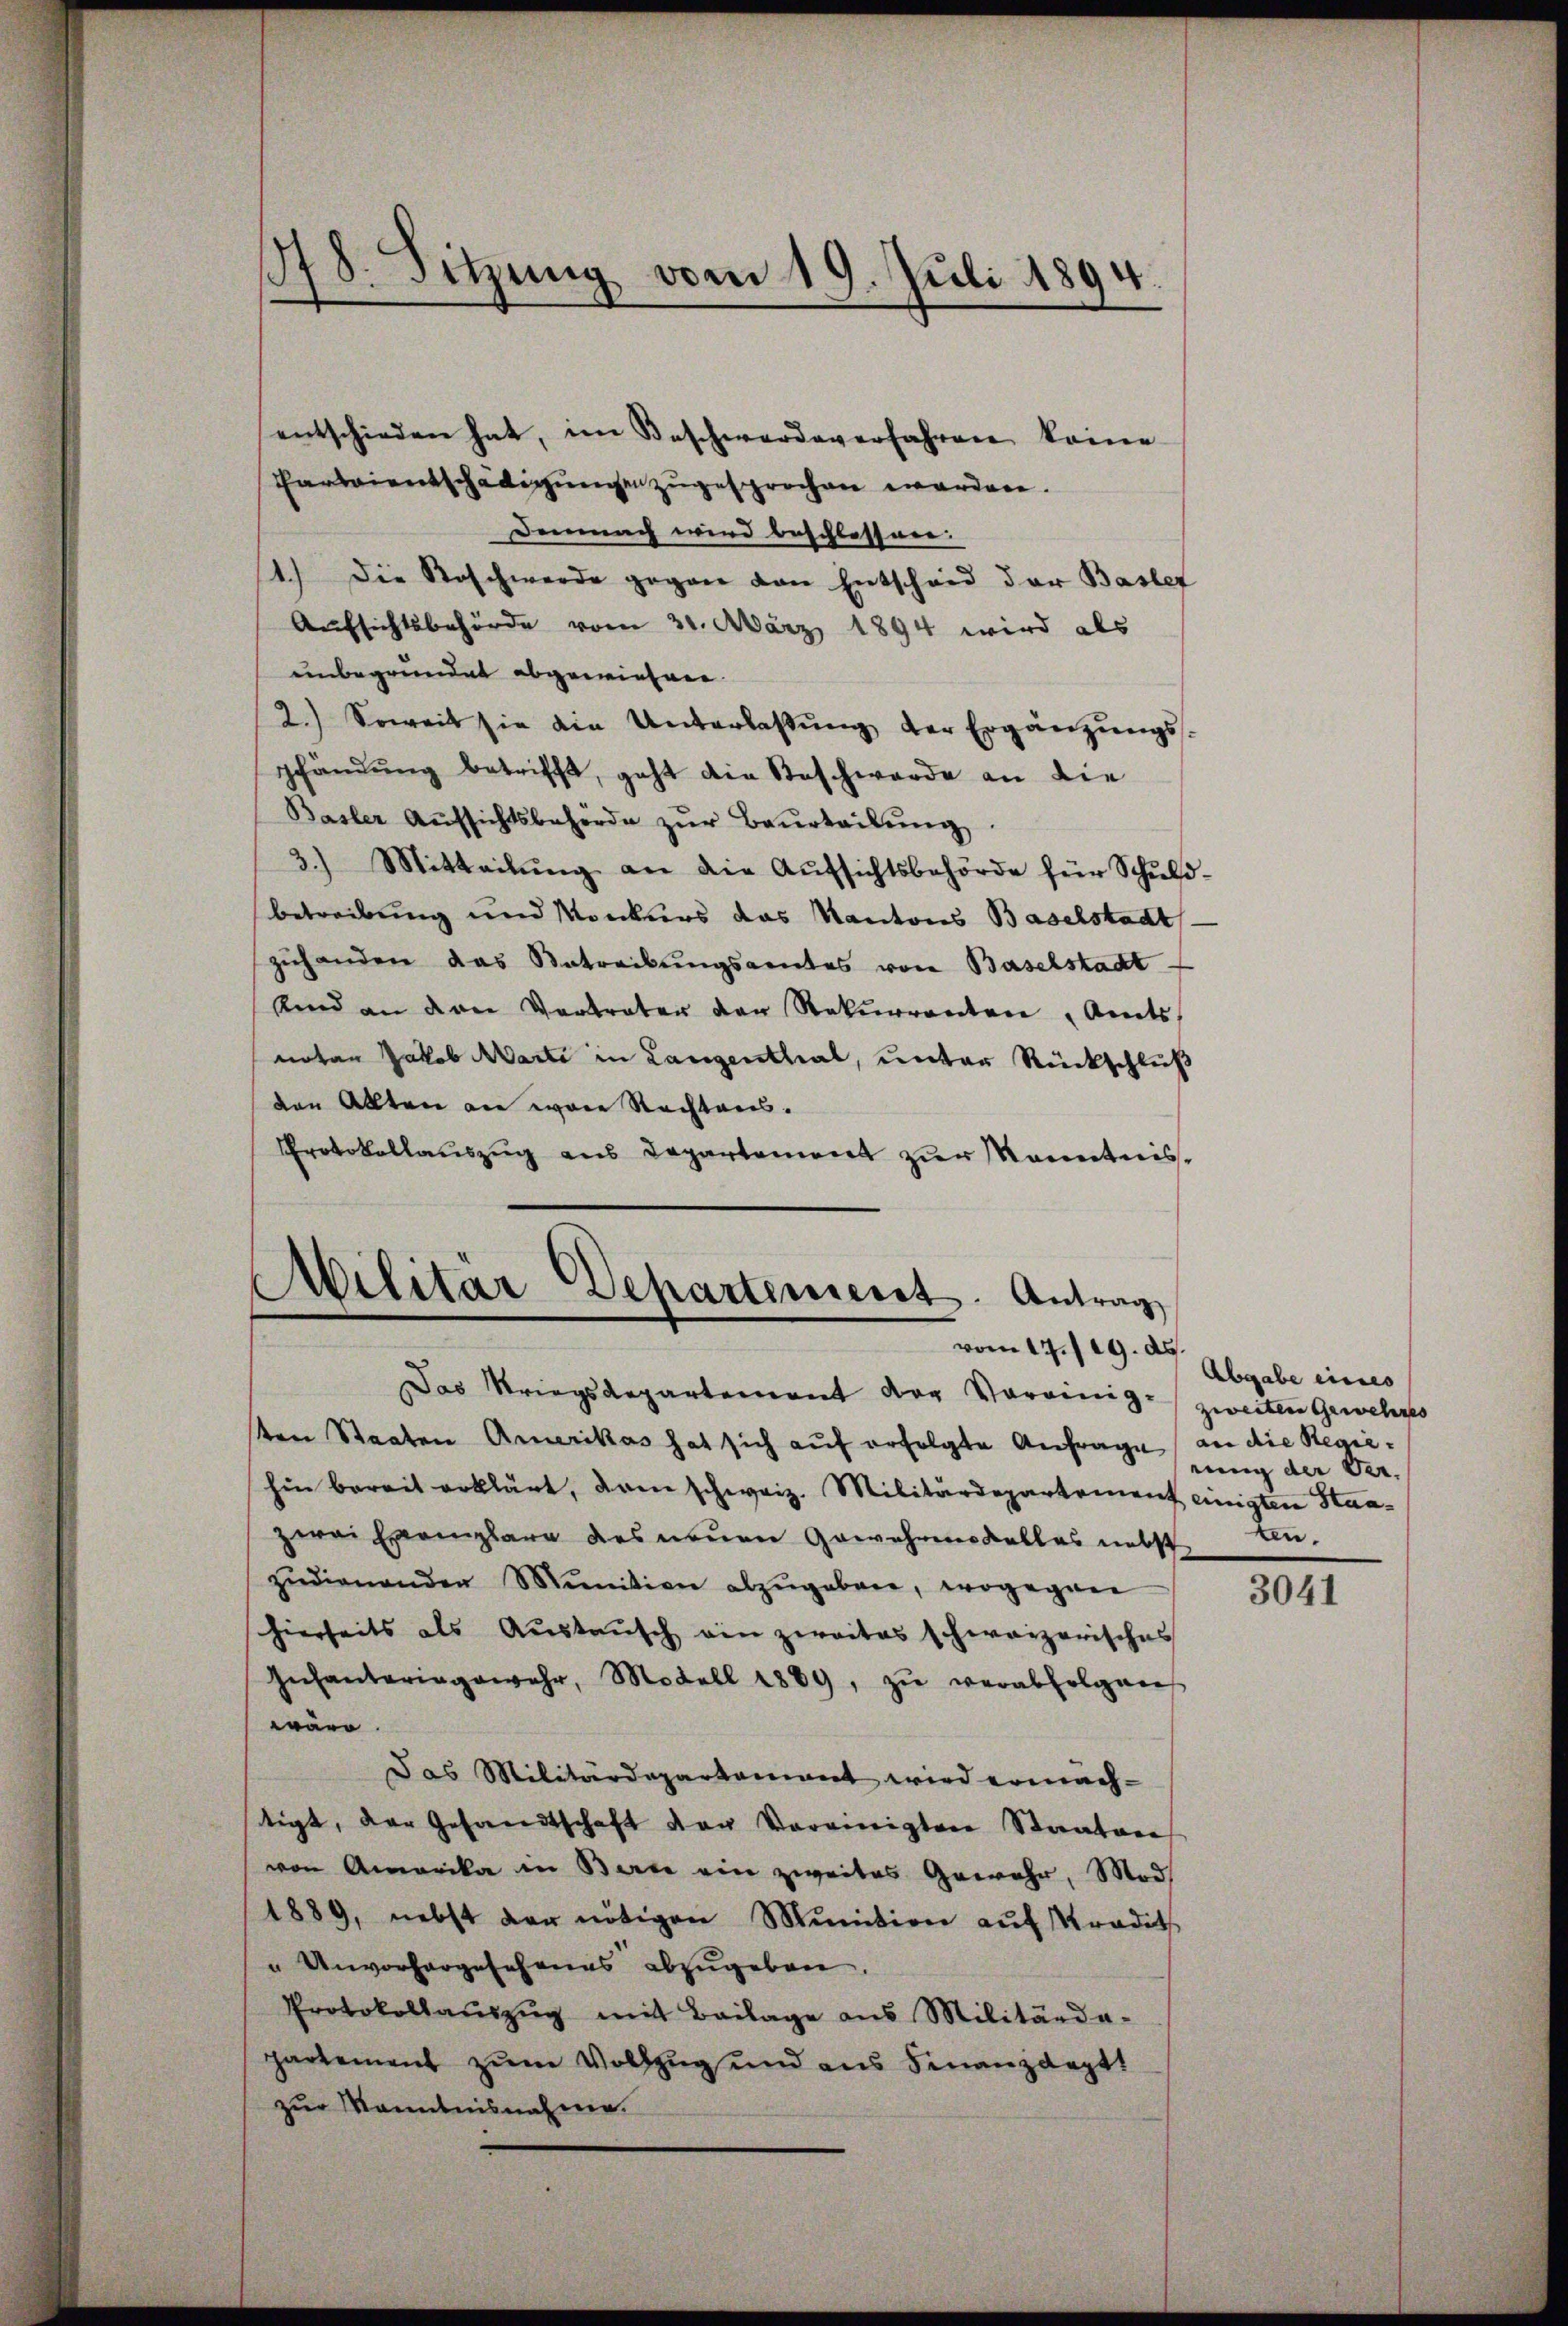
entschieden hat, im Beschwerde verfahren keine
Hartientschädigungen zugesprochen worden.
Demnach wird beschlossen.
1.) Die Roschwerde gegen von Entscheid der Basler
Aufsichtsbehörde vom 31. März 1894 wird als
unbegründet abgewiesen.
2.) Soweit sie die Unterlassŭng der Ergänzŭngs-
shändŭng betrifft, geht die Beschwerde an die
Basler Aŭfsichtsbehörde zŭr Beurteilŭng.
3.) Mitteilŭng an die Aŭfsichtsbehörde für Schuld-
betreibung und Konkurs das Kantons Baselstadt
zuhanden das Betreibungsamtes von Baselstadt
Und an den Vertreter der Rekurrenten Amts
notar Jakob Marti in Langenthal, unter Rückschluß
den Allten an wäre Rechtens.
Protokollauszug aus Departement zur Kenntnisd
.

¬
178. Sitzung vom 17. Juli 1894.

Militär Departement. Antrag
vom 17./19. ds.

Das Kriegsdepartement der Voreinig- zweiten Gewehres
ten Staaten Amerikas hat sich aŭf erfolgte Anfrage an die Regiehin bereit erklärt, dem schweiz. Militärdepartement einigten Staazwei Exemplare des neuen Gewehrens alles nebst
zŭdienenden Munition abzŭgeben, wogegen
hierseits als Austausch ein zweites schweizerisches
Infanteringewahr, Modell 1889, zŭ verabfolgen
wäre.
Das Militärdepartement wird ermachtigt, der Gesandtschaft der Vereinigten Staatare
von Amerika in Berne ein zweites Gewahr, Mod
1889, nebst der nötigen Munition auf Kradit
" Unvorhergesehenes abzugeben
Protokollaŭszŭg mit Beilage aus Militärde-
partement zum Vollzug und aus Finanzdeptt
zur Kenntnisnahme.

Abgabe eines
rung der Verten.

3041